Annual administration report of the Civil Veterinary Department, Ajmere-Merwara, British Rajputana - 1914-1940
Year: 1914
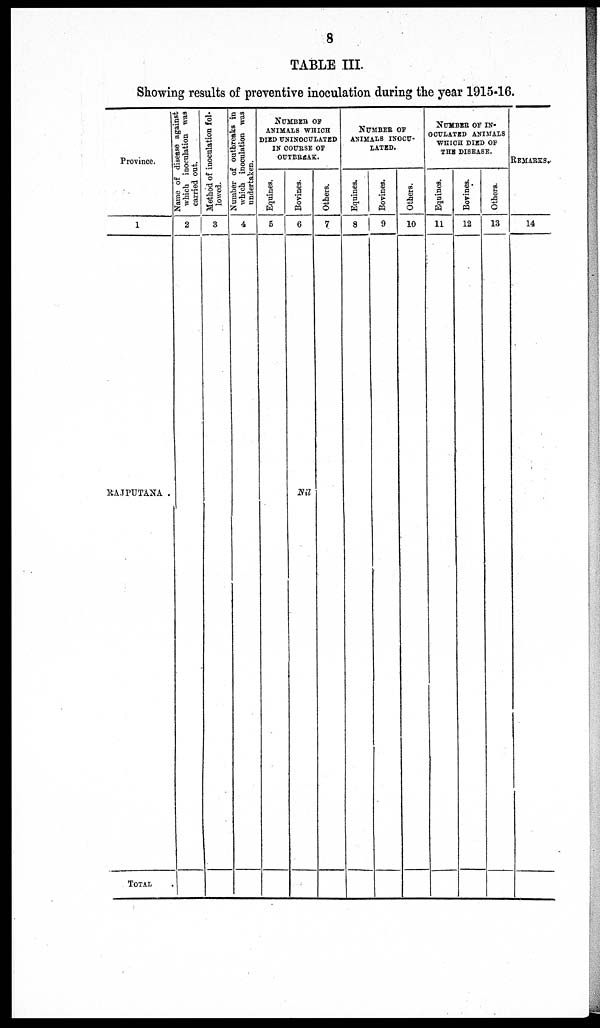
8
TABLE III.
Showing results of preventive inoculation during the year 1915-16.
Province
1
RAJPUTANA .
TOTAL
Name of disease against
which inoculation was
carried out.
2
Method of inoculation fol-
lowed.
3
Number of outbreaks in
which inoculation was
undertaken.
4
NUMBER OF
ANIMALS WHICH
DIED UNUNICULATED
IN COURSE OF
OUTBREAK.
Equines.
5
Bovines.
6
Nil
Others.
7
NUMBER OF
ANIMALS INOCU-
LATED.
Equines.
8
Bovines.
9
Others.
10
NUMBER OF IN-
OCULATED ANIMALS
WHICH DIED OF
THE DISEASE.
Equines.
11
Bovines.
12
Others.
13
REMARKS.
14